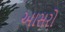
આસરો